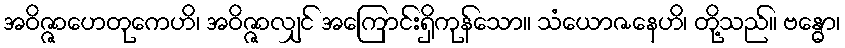
အဝိဇ္ဇာဟေတုကေဟိ၊ အဝိဇ္ဇာလျှင် အကြောင်းရှိကုန်သော။ သံယောဇနေဟိ၊ တို့သည်။ ဗန္ဓော၊